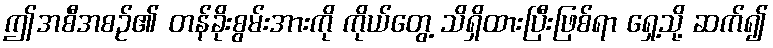
ဤအစီအစဉ်၏ တန်ခိုးစွမ်းအားကို ကိုယ်တွေ့ သိရှိထားပြီးဖြစ်ရာ ရှေ့သို့ ဆက်၍